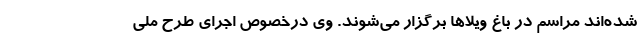
شده‌اند مراسم در باغ ویلاها برگزار می‌شوند. وی درخصوص اجرای طرح ملی